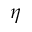
\eta